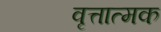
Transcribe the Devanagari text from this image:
वृत्तात्मक